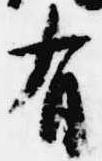
有